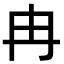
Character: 冉